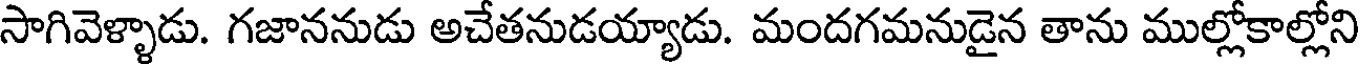
సాగివెళ్ళాడు. గజాననుడు అచేతనుడయ్యాడు. మందగమనుడైన తాను ముల్లోకాల్లోని